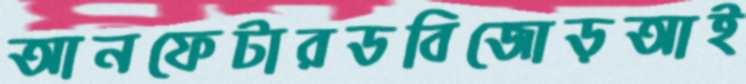
আনফেটারডবিজোড়আই